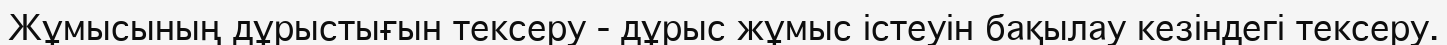
Жұмысының дұрыстығын тексеру - дұрыс жұмыс істеуін бақылау кезіндегі тексеру.